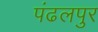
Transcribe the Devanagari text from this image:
पंढलपुर